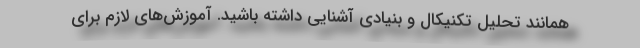
همانند تحلیل تکنیکال و بنیادی آشنایی داشته باشید. آموزش‌های لازم برای